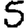
Digit: 5